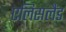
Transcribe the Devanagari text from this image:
एलिसलैंड